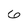
Character: 6